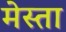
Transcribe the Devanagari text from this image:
मेस्ता